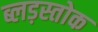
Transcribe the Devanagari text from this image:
ब्लड़स्तोक